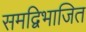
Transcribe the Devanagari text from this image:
समद्विभाजित